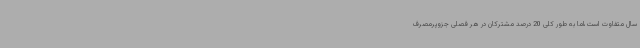
سال متفاوت است،اما به طور کلی 20 درصد مشترکان در هر فصلی جزوپرمصرف